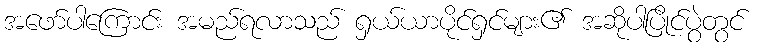
အဖော်ပါကြောင်း အမည်ရလာသည် ရှယ်ယာပိုင်ရှင်များ၏ အဆိုပါပြိုင်ပွဲတွင်